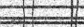
٦٩